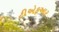
ટીએફઆર